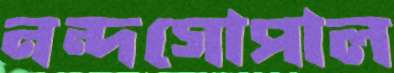
নন্দগোপাল